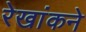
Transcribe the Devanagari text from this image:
रेखांकने